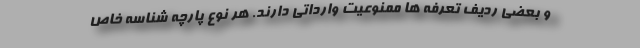
و بعضی ردیف تعرفه ها ممنوعیت وارداتی دارند. هر نوع پارچه شناسه خاص